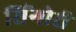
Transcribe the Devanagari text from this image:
सिंगोरी